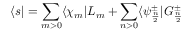
\langle s | = \sum _ { m > 0 } \langle \chi _ { m } | L _ { m } + \sum _ { n > 0 } \langle \psi _ { \frac { n } { 2 } } ^ { \pm } | G _ { \frac { n } { 2 } } ^ { \pm }